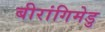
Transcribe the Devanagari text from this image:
बीरांगिमेडु